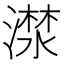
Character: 𣾕